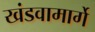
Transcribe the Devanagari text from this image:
खंडवामार्गे